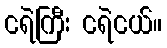
ငရဲကြီး ငရဲငယ်။